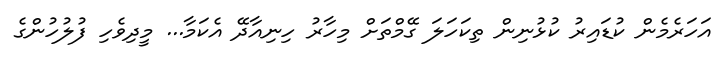
އަހަރެމެން ކުޑައިރު ކުޅުނިން ތިކަހަލަ ގޭމްތަށް މިހާރު ހިނިއާދޭ އެކަމާ... މީދިވެހި ފުލުހުންގެ